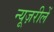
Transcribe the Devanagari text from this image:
न्यूज़रीलें